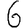
Digit: 6